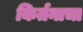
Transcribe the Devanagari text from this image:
किर्तनाचा